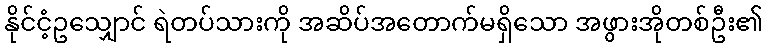
နိုင်ငံ့ဥသျှောင် ရဲတပ်သားကို အဆိပ်အတောက်မရှိသော အဖွားအိုတစ်ဦး၏